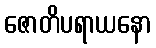
ဇောတိပရာယနော